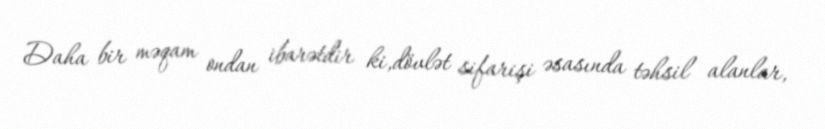
Daha bir məqam ondan ibarətdir ki,dövlət sifarişi əsasında təhsil alanlar,